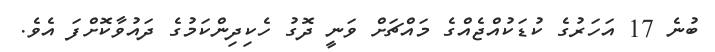
ބުނެ 17 އަހަރުގެ ކުޑަކުއްޖެއްގެ މައްޗަށް ވަނީ ދޮގު ހެކިދިންކަމުގެ ދައުވާކޮށްފަ އެވެ.